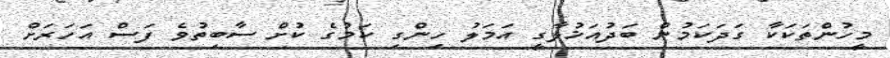
މީހުންތަކަކާ ގަދަކަމުން ބަދުއަޚުލާގީ އަމަލު ހިންގި ކަމުގެ ކުށް ސާބިތުވެ ފަސް އަހަރަށް